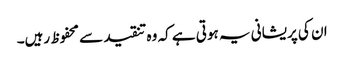
ان کی پریشانی یہ ہوتی ہے کہ وہ تنقید سے محفوظ رہیں۔